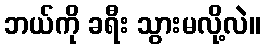
ဘယ်ကို ခရီး သွားမလို့လဲ။